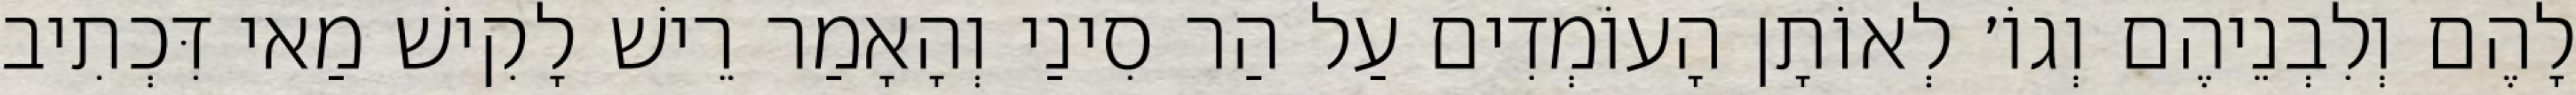
לָהֶם וְלִבְנֵיהֶם וְגוֹ׳ לְאוֹתָן הָעוֹמְדִים עַל הַר סִינַי וְהָאָמַר רֵישׁ לָקִישׁ מַאי דִּכְתִיב